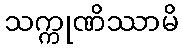
သက္ကုဏိဿာမိ